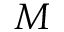
M